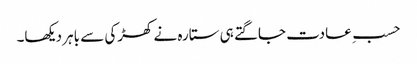
حسبِ عادت جاگتے ہی ستارہ نے کھڑکی سے باہر دیکھا۔